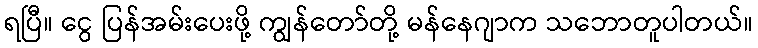
ရပြီ။ ငွေ ပြန်အမ်းပေးဖို့ ကျွန်တော်တို့ မန်နေဂျာက သဘောတူပါတယ်။